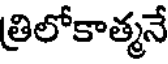
త్రిలోకాత్మనే